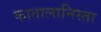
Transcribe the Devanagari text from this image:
कातालानिस्ता